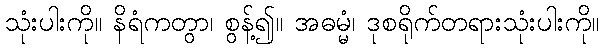
သုံးပါးကို။ နိရံကတွာ၊ စွန့်၍။ အဓမ္မံ၊ ဒုစရိုက်တရားသုံးပါးကို။